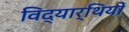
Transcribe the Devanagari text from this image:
विद्‍यार्थियों